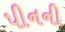
પીનની